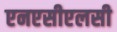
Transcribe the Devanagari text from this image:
एनएसीएलसी